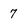
Character: 7